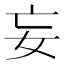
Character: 妄